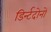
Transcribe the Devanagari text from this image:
डिर्न्टदोनों